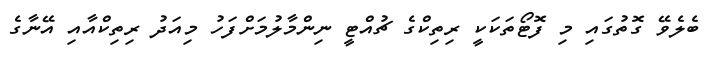
ބެލެވޭ ގޮތުގައި މި ފޮޓޯތަކަކީ ރިތިކްގެ ޗުއްޓީ ނިންމާލުމަށްފަހު މިއަދު ރިތިކްއާއި އޭނާގެ